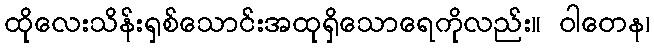
ထိုလေးသိန်းရှစ်သောင်းအထုရှိသောရေကိုလည်း။ ဝါတေန၊